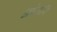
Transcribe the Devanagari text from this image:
आंतरि